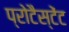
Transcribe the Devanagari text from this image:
प्रोटैस्टेंट